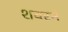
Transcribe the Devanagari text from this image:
शवरने